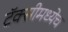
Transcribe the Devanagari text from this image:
टॅक्सीमध्येच